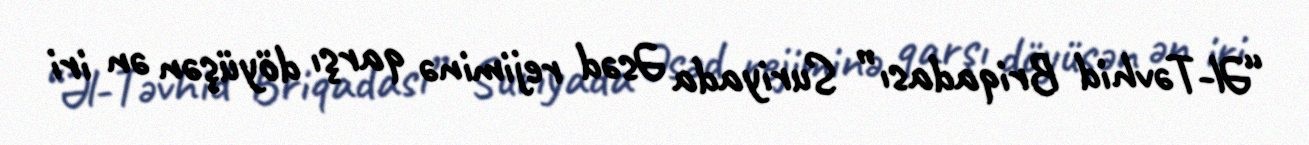
“Əl-Təvhid Briqadası” Suriyada Əsəd rejiminə qarşı döyüşən ən iri